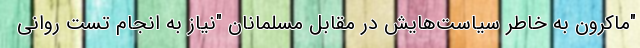
"ماکرون به خاطر سیاست‌هایش در مقابل مسلمانان "نیاز به انجام تست روانی